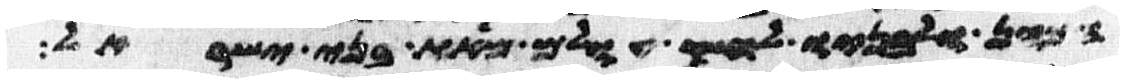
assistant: הכהן ולבניו לחק עולם מאת בני ישראל